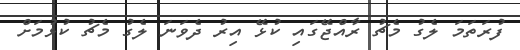
ފުރަތަމަ ލެގު މެޗު ރާއްޖޭގައި ކުޅޭ އިރު ދެވަނަ ލެގު މެޗު ކުޅުމަށް